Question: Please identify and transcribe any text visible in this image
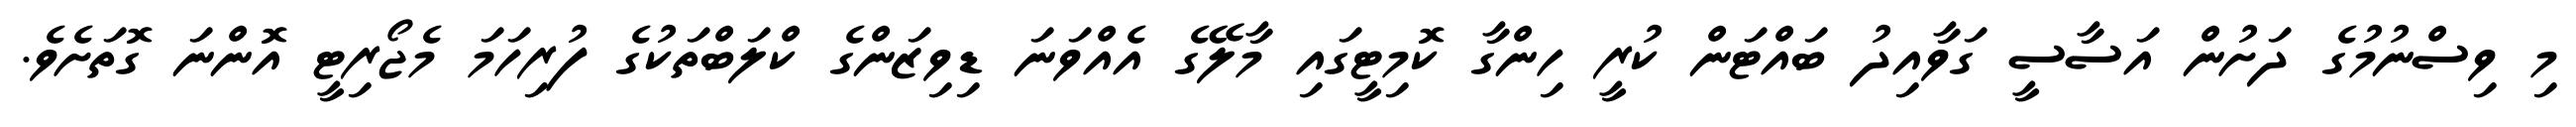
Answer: މި ވިސްނުމުގެ ދަށުން އަސާސީ ގަވާއިދު ބައްޓަން ކުރީ ހިންގާ ކޮމިޓީގައި މާލޭގެ އެއްވަނަ ޑިވިޒަންގެ ކްލަބްތަކުގެ ފުރިހަމަ މެޖޯރިޓީ އޮންނަ ގޮތަށެވެ.